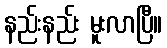
နည်းနည်း မူးလာပြီ။